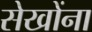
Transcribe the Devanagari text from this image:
सेखोंना